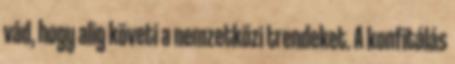
vád, hogy alig követi a nemzetközi trendeket. A konfitálás